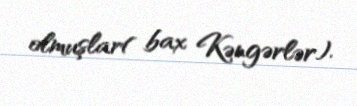
olmuşlar( bax Kəngərlər).